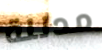
مدللة